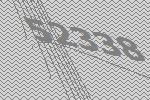
52338